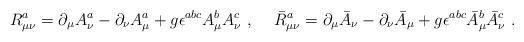
LaTeX: \begin{align*}R^a_{\mu\nu}=\partial_\mu A^a_\nu - \partial_\nu A_\mu^a+g\epsilon^{abc}A^b_\mu A^c_\nu\ , \hskip 0.5cm\bar R^a_{\mu\nu}=\partial_\mu\bar A_\nu- \partial_\nu\bar A_\mu+g\epsilon^{abc}\bar A^b_\mu\bar A^c_\nu \ .\end{align*}